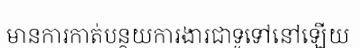
មានការកាត់បន្ថយការងារជាទូទៅនៅឡើយ